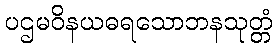
ပဌမဝိနယဓရသောဘနသုတ္တံ